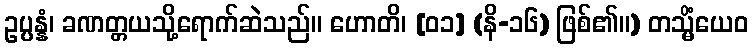
ဥပ္ပန္နံ၊ ခဏတ္တယသို့ရောက်ဆဲသည်။ ဟောတိ၊ [၀၁] (နိ-၁၆) ဖြစ်၏။) တသ္မိံယေဝ